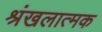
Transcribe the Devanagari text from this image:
श्रंखलात्मक